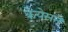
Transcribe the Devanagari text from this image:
केयेसने